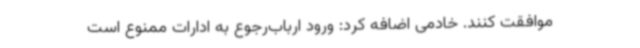
موافقت کنند. خادمی اضافه کرد: ورود ارباب‌رجوع به ادارات ممنوع است